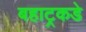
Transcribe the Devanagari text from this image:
बहाट्रकडे